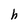
Character: h